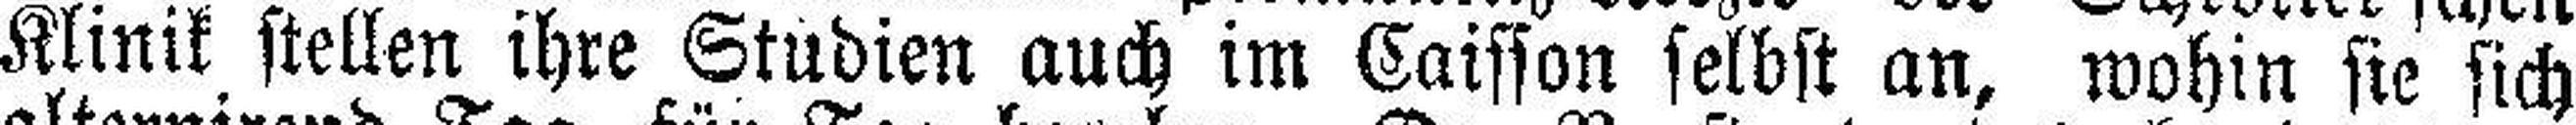
Klinik stellen ihre Studien auch im Caisson selbst an, wohin sie sich